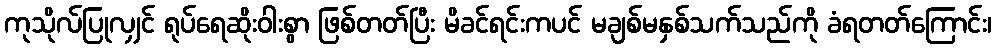
ကုသိုလ်ပြုလျှင် ရုပ်ရေဆိုးဝါးစွာ ဖြစ်တတ်ပြီး မိခင်ရင်းကပင် မချစ်မနှစ်သက်သည်ကို ခံရတတ်ကြောင်း၊